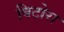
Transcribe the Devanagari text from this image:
बिटोरा